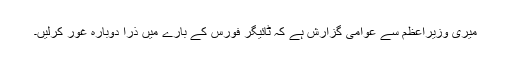
میری وزیراعظم سے عوامی گزارش ہے کہ ٹائیگر فورس کے بارے میں ذرا دوبارہ غور کرلیں۔